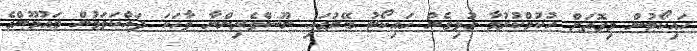
ހައިކޯޓުން މިގޮތަށް ހުކުމްކުރުމާ ގުޅިގެން ހައިކޯޓު ބޭރުގައި ނޫސްވެރިންނާ ވާހަކަ ދައްކަވަމުން މައުމޫންގެ